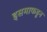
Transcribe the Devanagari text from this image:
इसमाकडून